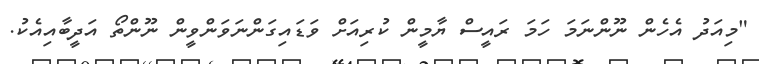
"މިއަދު އެހެން ނޫންނަމަ ހަމަ ރައީސް ޔާމީން ކުރިއަށް ވަޑައިގަންނަވަންވީން ނޫންތޯ އަދީބާއިއެކު.